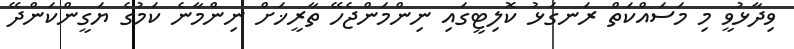
ވިދާޅުވީ މި މަސައްކަތް ރަނގަޅު ކޮލިޓީގައި ނިންމަންޖެހޭ ތާރީޚަށް ނިންމާނެ ކަމުގެ ޔަގީންކަންދޭ